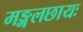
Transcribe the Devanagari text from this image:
मङ्गलछायः